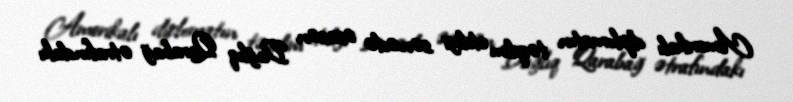
Amerikalı diplomatın təqdim etdiyi sənədə əsasən Dağlıq Qarabağ ətrafındakı